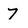
Character: 7